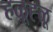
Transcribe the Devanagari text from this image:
हळूह्ळू